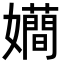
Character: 𭒮